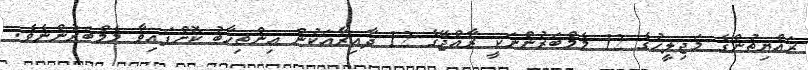
ރައްޔިތުންގެ މަޖިލީހުގެ 12 މެމްބަރުންނަކީ ރާއްޖޭގެ 12 ދާއިރާއަކުން އިންތިހާބު ކޮށްފައިވާ މެމްބަރުންނެވެ.